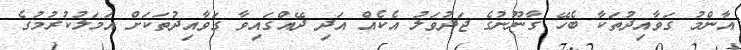
އާންމު ގަވާއިދުތަކާ ބެހޭ ގާނޫނުގެ ޖަދުވަލު އެކެއް އަދި ދޭއްގައިވާ ގަވާއިދުތަކަށް އަމަލުކުރުމުގެ